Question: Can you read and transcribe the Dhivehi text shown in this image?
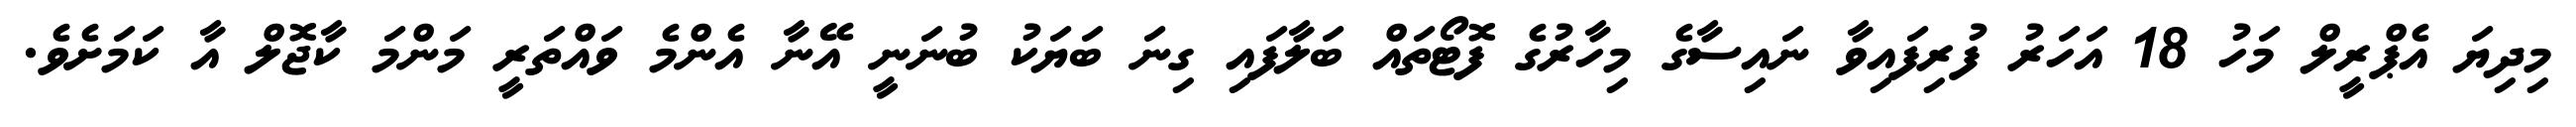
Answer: މިދިޔަ އެޕްރީލް މަހު 18 އަހަރު ފުރިފައިވާ ނައިސާގެ މިހާރުގެ ފޮޓޯތައް ބަލާފައި ގިނަ ބަޔަކު ބުނަނީ އޭނާ އެންމެ ވައްތަރީ މަންމަ ކާޖޮލް އާ ކަމަށެވެ.